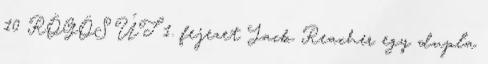
10 RÖGÖS ÚT 1. fejezet Jack Reacher egy dupla